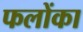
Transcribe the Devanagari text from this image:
फलोंका